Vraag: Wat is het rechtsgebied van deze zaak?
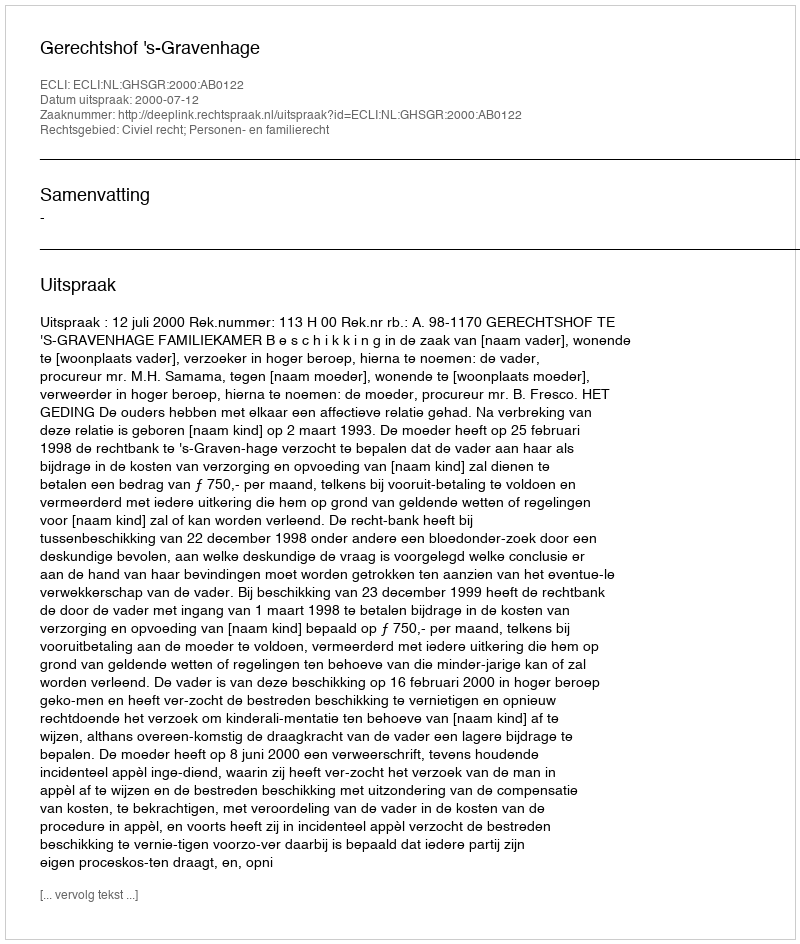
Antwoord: Civiel recht; Personen- en familierecht